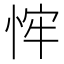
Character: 𢚄